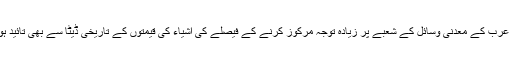
سعودی عرب کے معدنی وسائل کے شعبے پر زیادہ توجہ مرکوز کرنے کے فیصلے کی اشیاء کی قیمتوں کے تاریخی ڈیٹا سے بھی تائید ہوتی ہے۔